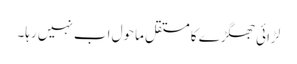
لڑائی جھگڑے کا مستقل ماحول اب نہیں رہا۔